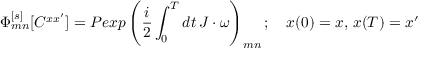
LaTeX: \Phi _ { m n } ^ { [ s ] } [ C ^ { x x ^ { \prime } } ] = P e x p \left( { \frac { i } { 2 } } \int _ { 0 } ^ { T } d t \, J \cdot \omega \right) _ { m n } ; \quad x ( 0 ) = x , \, x ( T ) = x ^ { \prime }